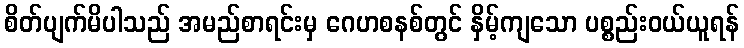
စိတ်ပျက်မိပါသည် အမည်စာရင်းမှ ဂေဟစနစ်တွင် နှိမ့်ကျသော ပစ္စည်းဝယ်ယူရန်